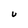
Character: U